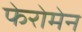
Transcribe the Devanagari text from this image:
फेरोमेन